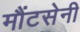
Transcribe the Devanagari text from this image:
मौंटसेनी